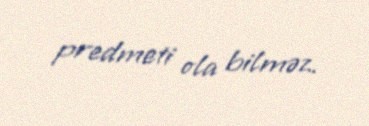
predmeti ola bilməz.